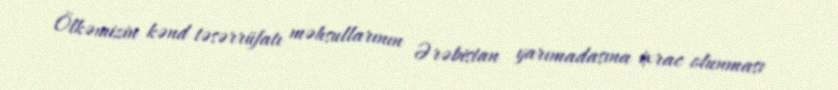
Ölkəmizin kənd təsərrüfatı məhsullarının Ərəbistan yarımadasına ixrac olunması